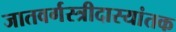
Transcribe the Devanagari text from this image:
जातवर्गस्त्रीदास्यांतक